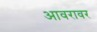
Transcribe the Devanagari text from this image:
आवरावर